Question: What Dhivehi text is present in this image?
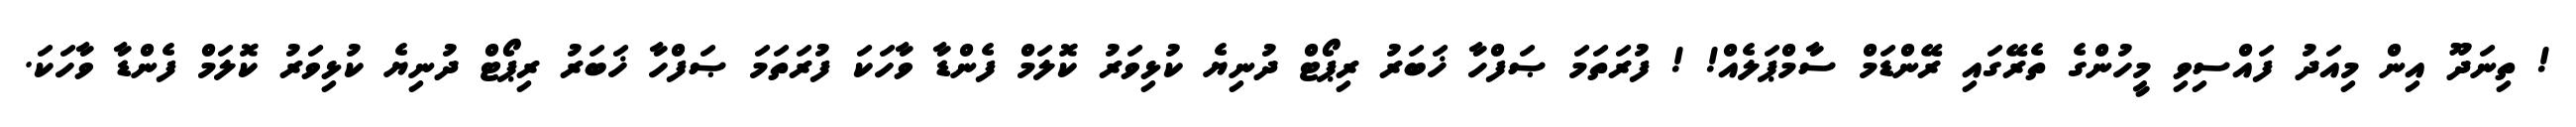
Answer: ! ތިނަދޫ އިން މިއަދު ފައްސިވި މީހުންގެ ތެރޭގައި ރޭންޑަމް ސާމްޕަލެއް! ! ފުރަތަމަ ޞަފްހާ ޚަބަރު ރިޕޯޓް ދުނިޔެ ކުޅިވަރު ކޮލަމް ފެންޑާ ވާހަކަ ފުރަތަމަ ޞަފްހާ ޚަބަރު ރިޕޯޓް ދުނިޔެ ކުޅިވަރު ކޮލަމް ފެންޑާ ވާހަކަ.